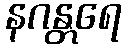
နဂန္တရေ